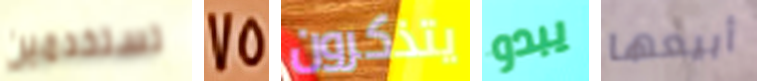
تستخدمين 75 يتذكرون يبدو أبيعها